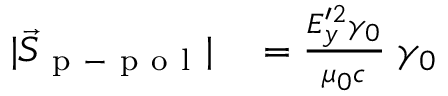
\begin{array} { r l } { | \vec { S } _ { \mathrm { ~ p ~ - ~ p ~ o ~ l ~ } } | } & { { } = \frac { E _ { y } ^ { \prime 2 } \gamma _ { 0 } } { \mu _ { 0 } c } \; \gamma _ { 0 } } \end{array}